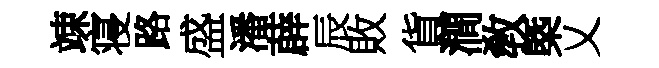
竦寝路盛潘薜辰敗貨澗敎槩乂